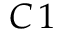
C \, 1